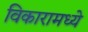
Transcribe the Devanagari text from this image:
विकारामध्ये